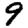
Digit: 9